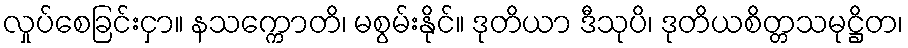
လှုပ်စေခြင်းငှာ။ နသက္ကောတိ၊ မစွမ်းနိုင်။ ဒုတိယာ ဒီသုပိ၊ ဒုတိယစိတ္တသမုဋ္ဌိတ၊